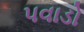
પવાડો